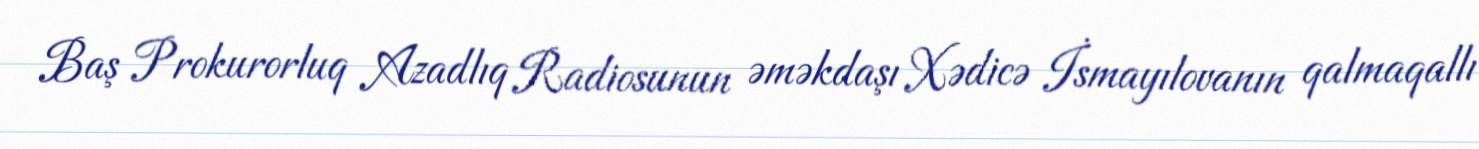
Baş Prokurorluq Azadlıq Radiosunun əməkdaşı Xədicə İsmayılovanın qalmaqallı